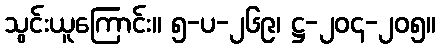
သွင်းယူကြောင်း။ ၅-ပ-၂၆၉၊ ဋ္ဌ-၂၀၄-၂၀၅။